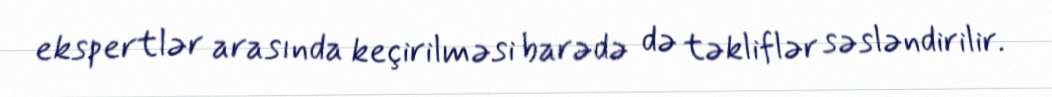
ekspertlər arasında keçirilməsi barədə də təkliflər səsləndirilir.